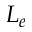
L _ { e }